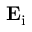
\mathbf { E } _ { \mathrm { i } }